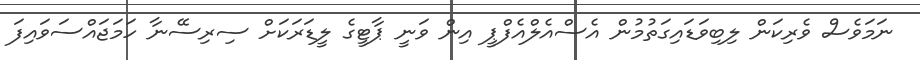
ނަމަވެސް ވެރިކަން ލިބިވަޑައިގަތުމުން އެސްއެލްއެފްޕީ އިން ވަނީ ޕާޓީގެ ލީޑަރަކަށް ސިރިސޭނާ ހަމަޖައްސަވައިފަ